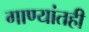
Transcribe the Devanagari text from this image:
गाण्यांतही